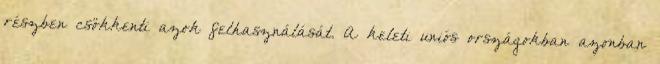
részben csökkenti azok felhasználását. A keleti uniós országokban azonban